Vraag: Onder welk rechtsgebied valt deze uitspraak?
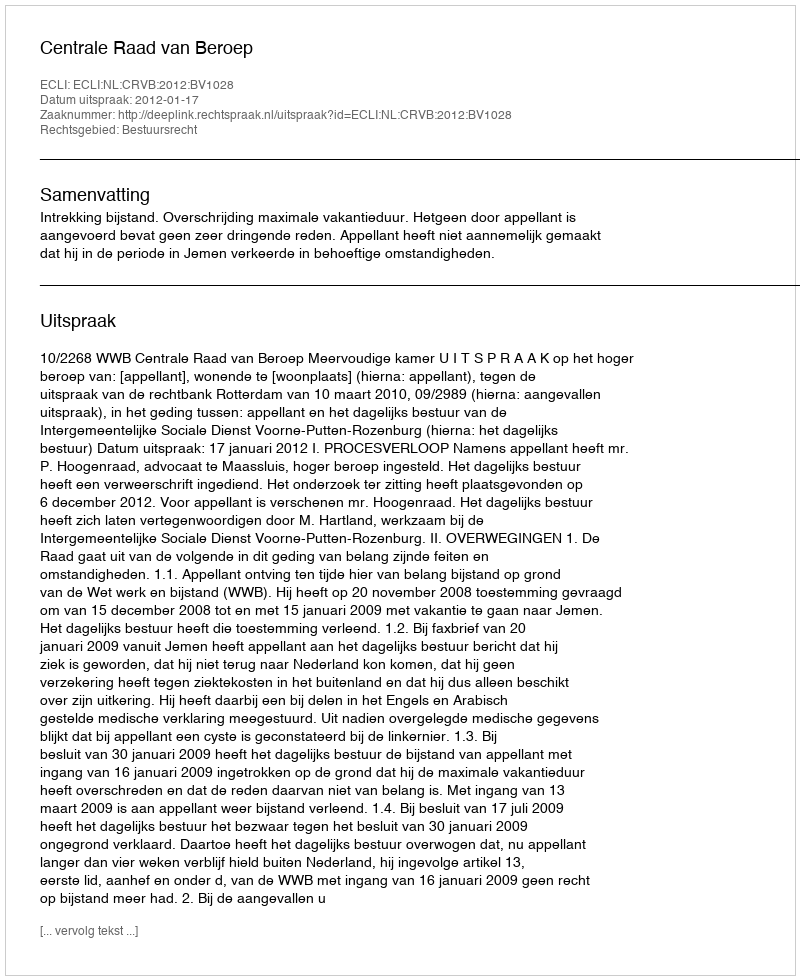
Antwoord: Bestuursrecht